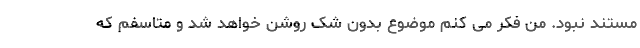
مستند نبود. من فکر می کنم موضوع بدون شک روشن خواهد شد و متاسفم که